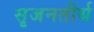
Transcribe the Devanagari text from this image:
सृजनतीर्थ